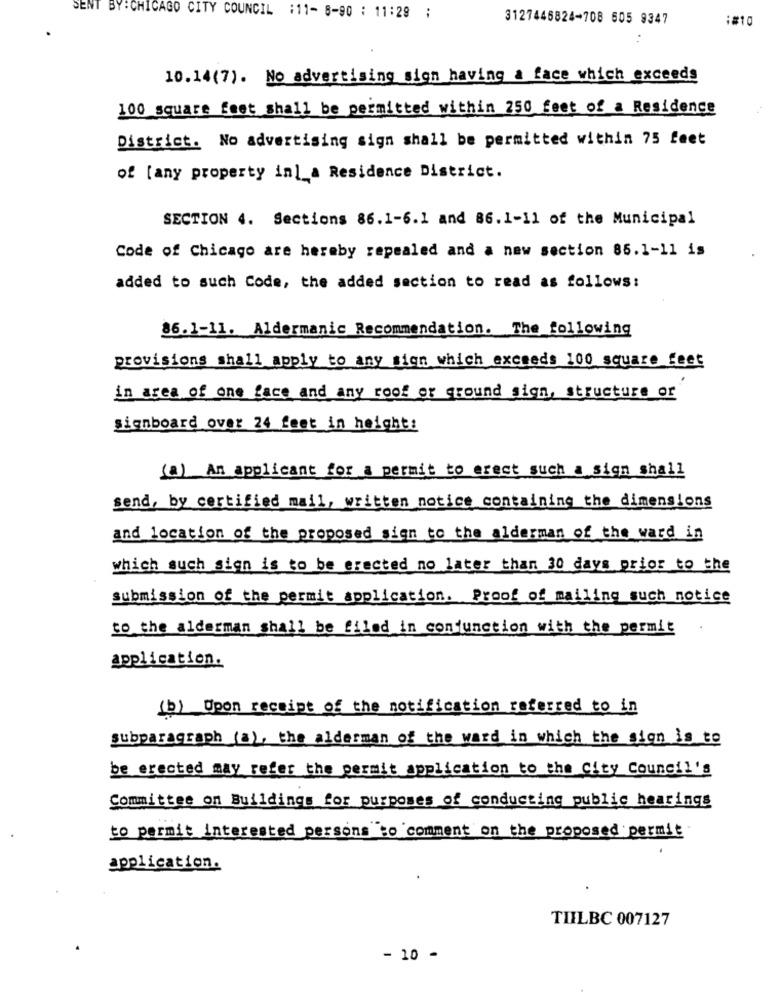
SENT BY: CHICAGO CITY COUNCIL :11- 8-90 : 11:29 ;
3127446824-708 605 9347
:#10
10.14(7). No advertising sign having a face which exceeds
100 square feet shall be permitted within 250 feet of a Residence
District. No advertising sign shall be permitted within 75 feet
of [any property in] a Residence District.
SECTION 4. Sections 86.1-6.1 and 86.1-11 of the Municipal
Code of Chicago are hereby repealed and a new section 85.1-11 is
added to such Code, the added section to read as follows:
86.1-11. Aldermanic Recommendation. The following
provisions shall apply to any sign which exceeds 100 square feet
in area of one face and any roof or ground sign, structure or
signboard over 24 feet in height:
(a) An applicant for a permit to erect such a sign shall
send, by certified mail, written notice containing the dimensions
and location of the proposed sign to the alderman of the ward in
which such sign is to be erected no later than 30 days prior to the
submission of the permit application. Proof of mailing such notice
to the alderman shall be filed in conjunction with the permit
application.
(b) Upon receipt of the notification referred to in
subparagraph (a), the alderman of the ward in which the sign is to
be erected may refer the permit application to the City Council's
Committee on Buildings for purposes of conducting public hearings
to permit interested persons to comment on the proposed permit
application.
TIILBC 007127
- 10 -